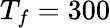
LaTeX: T_{f}=300